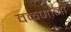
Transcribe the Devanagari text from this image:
वळणांना